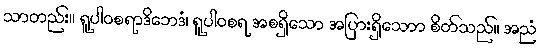
သာတည်း။ ရူပါဝစရာဒိဘေဒံ၊ ရူပါဝစရ အစရှိသော အပြားရှိသောာ စိတ်သည်။ အညံ